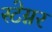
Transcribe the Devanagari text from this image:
स्टेग्नर